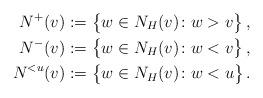
LaTeX: \begin{align*} N^+(v)&:=\big\{w\in N_H(v)\colon w>v\big\}\,,\\ N^-(v)&:=\big\{w\in N_H(v)\colon w<v\big\}\,,\\ N^{<u}(v)&:=\big\{w\in N_H(v)\colon w<u\big\}\,.\end{align*}